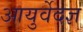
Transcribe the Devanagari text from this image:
आयुर्वेदज्ञ